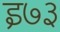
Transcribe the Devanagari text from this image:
इ७३